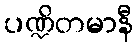
ပဏ္ဍိတမာနီ